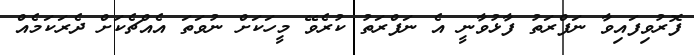
ފޮރުވިފައިވާ ނަފްރަތު ފާޅުވާނީ އެ ނަފްރަތު ކުރެވޭ މީހަކަށް ނުވަތަ އެއްޗެކަށް ދެރަކަމެއް